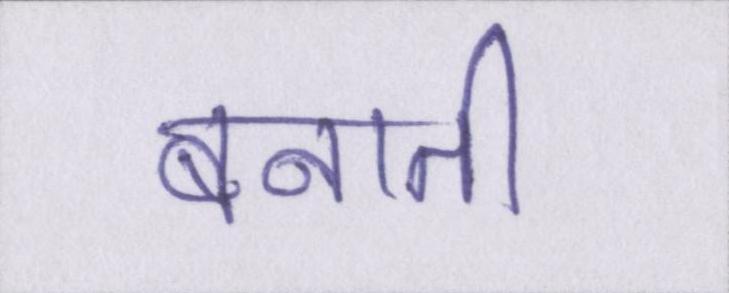
बनाती